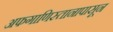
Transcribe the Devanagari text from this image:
अफगाणिस्तानापासून